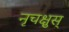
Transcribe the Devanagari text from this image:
नृचक्षुस्